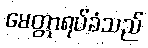
မေတ္တာရပ်ခံသည်